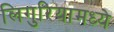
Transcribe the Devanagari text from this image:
लिगुरियामध्ये